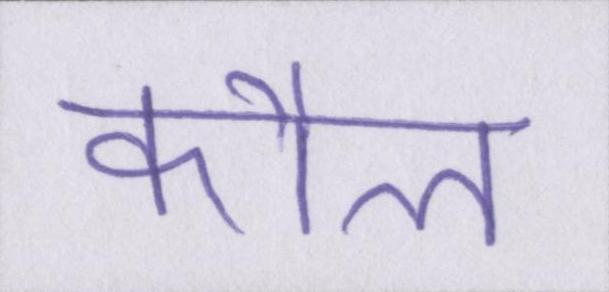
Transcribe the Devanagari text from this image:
कौल